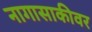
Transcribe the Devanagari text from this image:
नागासाकीवर